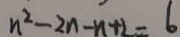
n ^ { 2 } - 2 n - n + 2 = 6